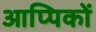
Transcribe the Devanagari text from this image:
आप्पिकों